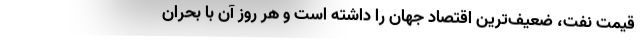
قیمت نفت، ضعیف‌ترین اقتصاد جهان را داشته است و هر روز آن با بحران